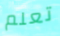
تعلم